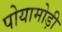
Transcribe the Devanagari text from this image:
पोयामोड़ी